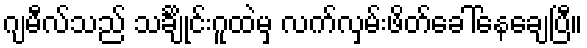
ဂျမီလ်သည် သင်္ချိုင်းဂူထဲမှ လက်လှမ်းဖိတ်ခေါ်နေချေပြီ။